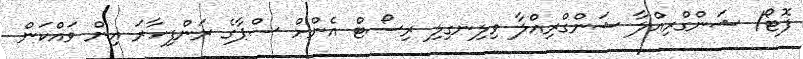
ފޮޓޯ/ ޝަންގްރިއްލާ ޝަންގްރިއްލާ ވިލިނގިލި ރިސޯޓް އެންށް ސްޕާގެ ރަންފިހާރަ އިން ވައްކަން